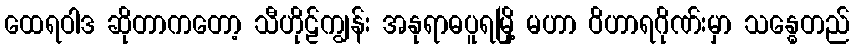
ထေရဝါဒ ဆိုတာကတော့ သီဟိုဠ်ကျွန်း အနုရာဓပူရမြို့ မဟာ ဝိဟာရဂိုဏ်းမှာ သန္ဓေတည်